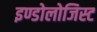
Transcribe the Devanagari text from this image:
इण्डोलोजिस्ट